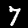
Digit: 7